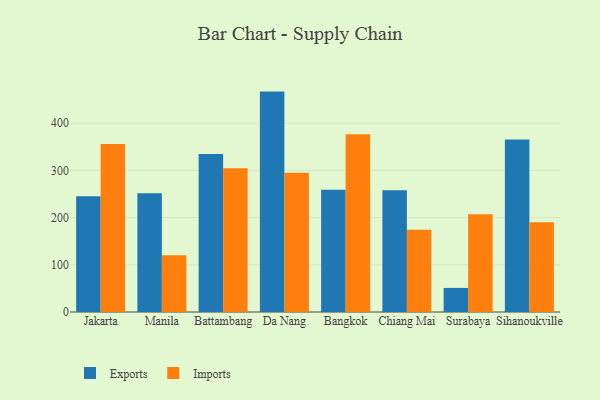
{"axis": {"x": "City", "y": "Website Visitors"}, "legend": ["Exports", "Imports"], "data": [{"x": "Jakarta", "y": 245.0, "type": "Exports"}, {"x": "Jakarta", "y": 355.7, "type": "Imports"}, {"x": "Manila", "y": 251.4, "type": "Exports"}, {"x": "Manila", "y": 120.4, "type": "Imports"}, {"x": "Battambang", "y": 334.7, "type": "Exports"}, {"x": "Battambang", "y": 304.3, "type": "Imports"}, {"x": "Da Nang", "y": 466.8, "type": "Exports"}, {"x": "Da Nang", "y": 294.8, "type": "Imports"}, {"x": "Bangkok", "y": 258.7, "type": "Exports"}, {"x": "Bangkok", "y": 376.6, "type": "Imports"}, {"x": "Chiang Mai", "y": 258.1, "type": "Exports"}, {"x": "Chiang Mai", "y": 174.2, "type": "Imports"}, {"x": "Surabaya", "y": 51.0, "type": "Exports"}, {"x": "Surabaya", "y": 207.0, "type": "Imports"}, {"x": "Sihanoukville", "y": 365.2, "type": "Exports"}, {"x": "Sihanoukville", "y": 190.0, "type": "Imports"}]}